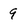
Character: 9